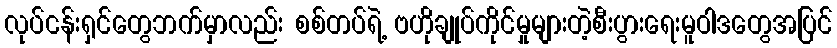
လုပ်ငန်းရှင်တွေဘက်မှာလည်း စစ်တပ်ရဲ့ ဗဟိုချုပ်ကိုင်မှုများတဲ့စီးပွားရေးမူဝါဒတွေအပြင်